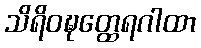
သိရိဝဍ္ဎတ္ထေရဂါထာ